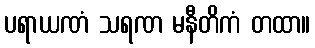
ပရာယဏံ သရဏ မနီတိကံ တထာ။